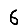
Digit: 6